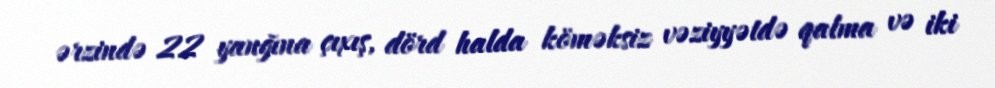
ərzində 22 yanğına çıxış, dörd halda köməksiz vəziyyətdə qalma və iki